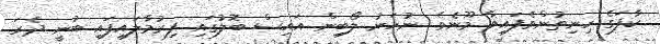
ކާފަގެ ހިނިތުންވެފައިވާ މޫނެވެ. ނުހަނު ލޯބިން އައިސް ބޮލުގައި ފިރުމާލައިފައި ބުނީ ދެރަ